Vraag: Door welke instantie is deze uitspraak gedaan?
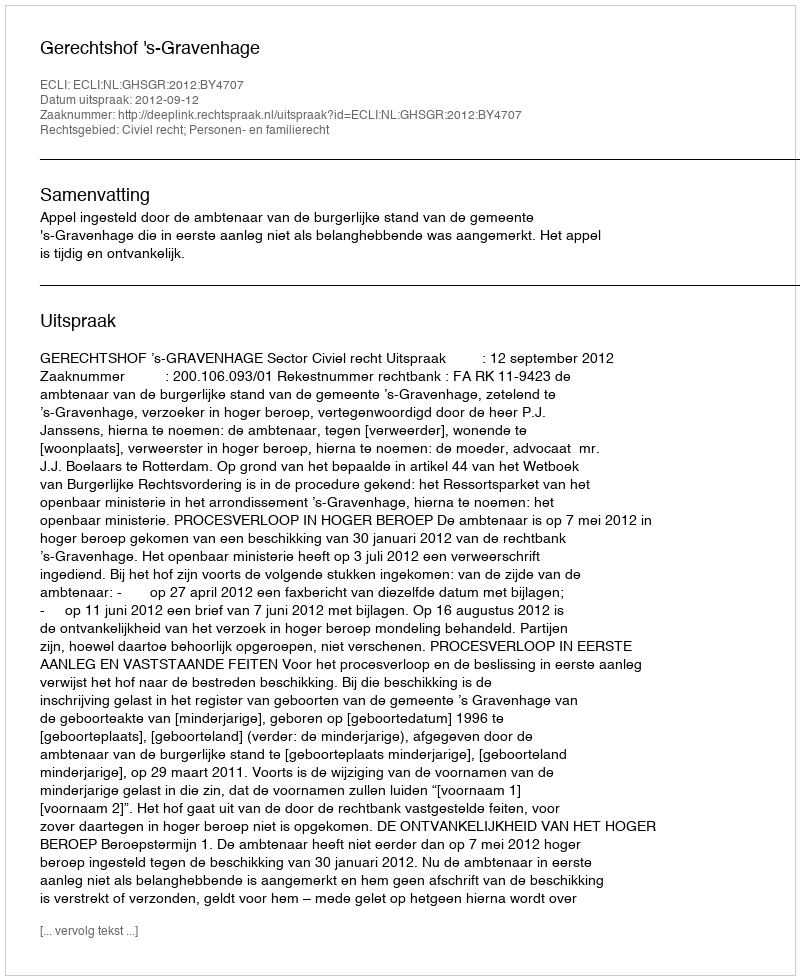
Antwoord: Gerechtshof 's-Gravenhage